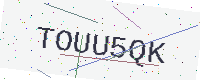
Text: TOUU5QK